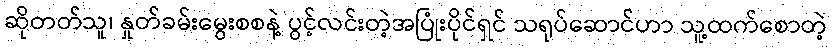
ဆိုတတ်သူ၊ နှုတ်ခမ်းမွေးစစနဲ့ ပွင့်လင်းတဲ့အပြုံးပိုင်ရှင် သရုပ်ဆောင်ဟာ သူ့ထက်စောတဲ့